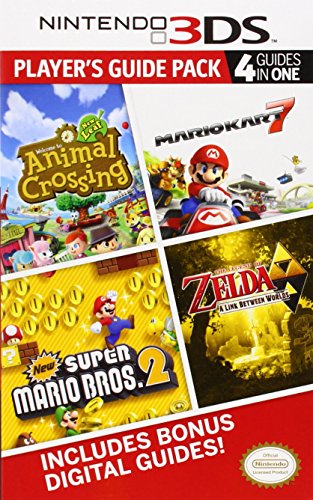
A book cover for Nintendo 3DS Player's Guide Pack: Prima Official Game Guide: Animal Crossing: New Leaf - Mario Kart 7 - New Super Mario Bros. 2 - The Legend of Zelda: A Link Between Worlds; Prima Games; Computers & Technology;